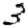
Digit: 3